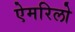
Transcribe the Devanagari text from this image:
ऐमरिलो